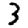
Digit: 3